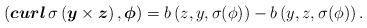
LaTeX: \begin{align*}\left( \boldsymbol{curl}\, \sigma\left(\boldsymbol y\times \boldsymbol z\right), \boldsymbol\phi\right)=b\left(z,y, \sigma(\phi)\right)-b\left(y,z,\sigma(\phi)\right).\end{align*}